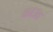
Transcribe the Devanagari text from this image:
काउड